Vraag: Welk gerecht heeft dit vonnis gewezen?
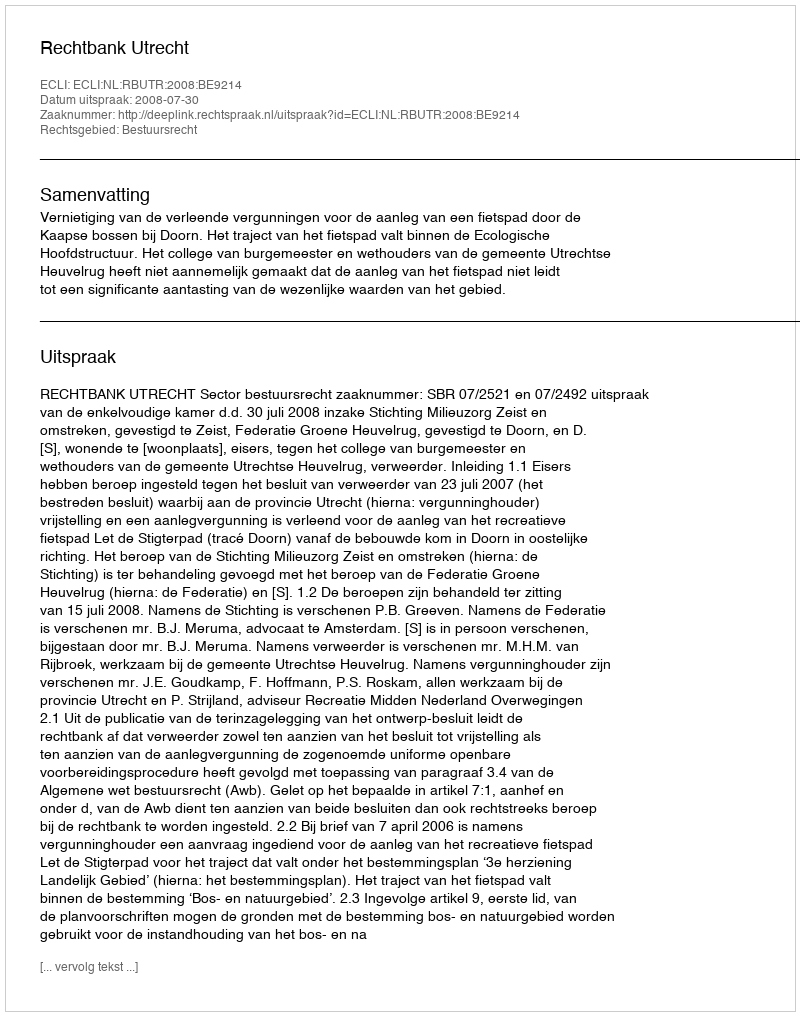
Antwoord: Rechtbank Utrecht